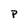
Character: P